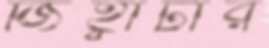
জিহ্বাটার